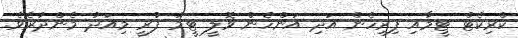
ކްރިކެޓް ޓީމާއި ފިރިހެން އަދި އަންހެން ވޮލީ ޓީމު ފުރީ މިއަދު މެންދުރެވެ.